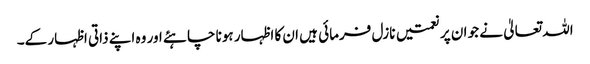
اللہ تعالیٰ نے جو ان پر نعمتیں نازل فرمائی ہیں ان کا اظہار ہونا چاہئے اور وہ اپنے ذاتی اظہار کے۔